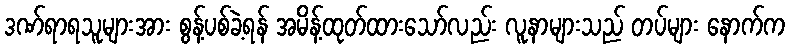
ဒဏ်ရာရသူများအား စွန့်ပစ်ခဲ့ရန် အမိန့်ထုတ်ထားသော်လည်း လူနာများသည် တပ်များ နောက်က